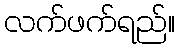
လက်ဖက်ရည်။